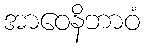
အာဝေနိဘာဝံ